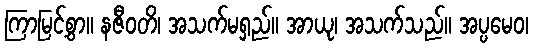
ကြာမြင့်စွာ။ နဇီဝတိ၊ အသက်မရှည်။ အာယု၊ အသက်သည်။ အပ္ပမေဝ၊